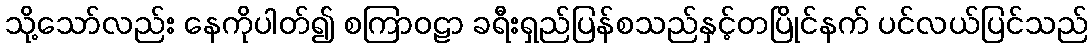
သို့သော်လည်း နေကိုပါတ်၍ စကြာဝဠာ ခရီးရှည်ပြန်စသည်နှင့်တပြိုင်နက် ပင်လယ်ပြင်သည်